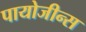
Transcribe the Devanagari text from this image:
पायोजीन्स